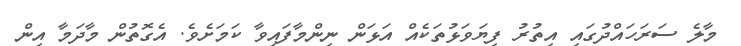
މާލެ ސަރަހައްދުގައި އިތުރު ފިޔަވަޅުތަކެއް އަޅަން ނިންމާފައިވާ ކަމަށެވެ. އެގޮތުން މާދަމާ އިން